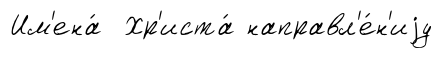
Им'ена́ Хр'иста́ направл'е́н'иjу